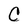
Character: C